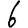
Digit: 6